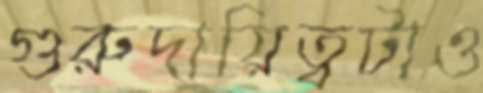
গুরুদায়িত্বটাও